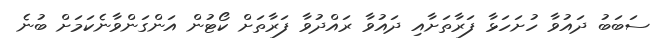
ސަބަބު ދައުވާ ހުށަހަޅާ ފަރާތަށާއި ދައުވާ ރައްދުވާ ފަރާތަށް ކޯޓުން އަންގަންވާނެކަމަށް ބުނެ